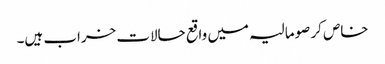
خاص کر صومالیہ میں واقع حالات خراب ہیں۔